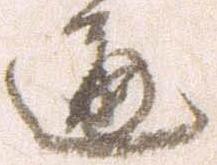
通